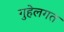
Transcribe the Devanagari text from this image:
गुहेलगत